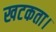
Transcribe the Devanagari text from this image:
खटकता।